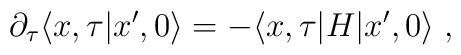
\partial_\tau\langle x,\tau\vert x',0\rangle=-\langle x,\tau\vert H\vert x',0\rangle\; ,